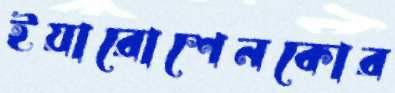
ইয়ারোশেনকোর